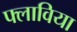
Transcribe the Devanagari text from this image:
फ्लाविया